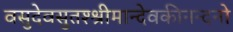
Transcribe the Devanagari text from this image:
वसुदेवसुतश्श्रीमान्देवकीनन्दनो